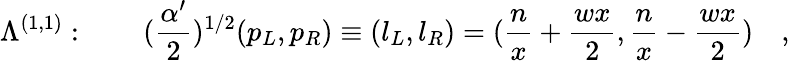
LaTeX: \Lambda^{(1,1)}:\quad\quad({\frac{\alpha^{\prime}}{2}})^{1/2}(p_{L},p_{R})\equiv(l_{L},l_{R})=({\frac{n}{x}}+{\frac{wx}{2}},{\frac{n}{x}}-{\frac{wx}{2}})\quad,